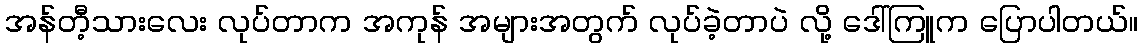
အန်တီ့သားလေး လုပ်တာက အကုန် အများအတွက် လုပ်ခဲ့တာပဲ လို့ ဒေါ်ကြူက ပြောပါတယ်။